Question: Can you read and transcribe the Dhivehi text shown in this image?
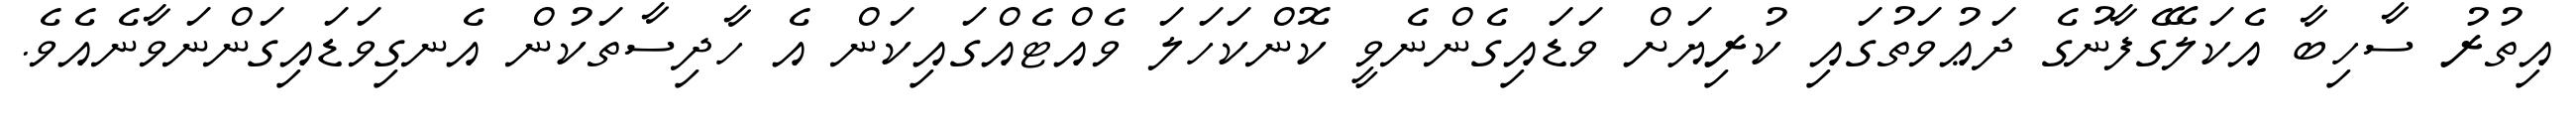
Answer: އިތުރު ސާހިބާ އެކަލޭގެފާނުގެ ދަޢުވަތުގައި ކުރިޔަށް ވަޑައިގެންނެވީ ކޮންކަހަލަ ވެއްޓެއްގައިކަން އެ ހާދިސާތަކުން އެނގިވަޑައިގަންނަވާނެއެވެ.